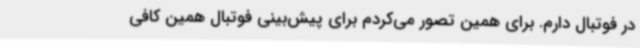
در فوتبال دارم. برای همین تصور می‌کردم برای پیش‌بینی فوتبال همین کافی